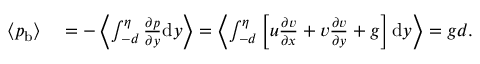
\begin{array} { r l } { \left< { p } _ { \mathrm { b } } \right> } & { { } = - \left< \int _ { - d } ^ { \eta } \frac { \partial p } { \partial y } \mathrm { d } y \right> = \left< \int _ { - d } ^ { \eta } \left[ u \frac { \partial v } { \partial x } + v \frac { \partial v } { \partial y } + g \right] \mathrm { d } y \right> = g d . } \end{array}